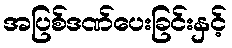
အပြစ်ဒဏ်ပေးခြင်းနှင့်